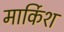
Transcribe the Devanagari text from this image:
मार्किश